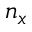
n _ { x }